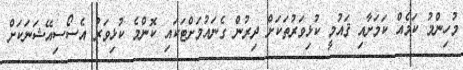
މުހިންމު ކަމެއް ކަމަށާއި ޤައުމީ ކުޅިވަރުތަކަށް ދިރުން ގެނައުމަށްޓަކައި ކޮންމެ ކުޅިވަރު އެސޯސިއޭޝަނަކަށް